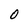
Character: 0